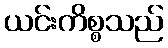
ယင်းကိစ္စသည်